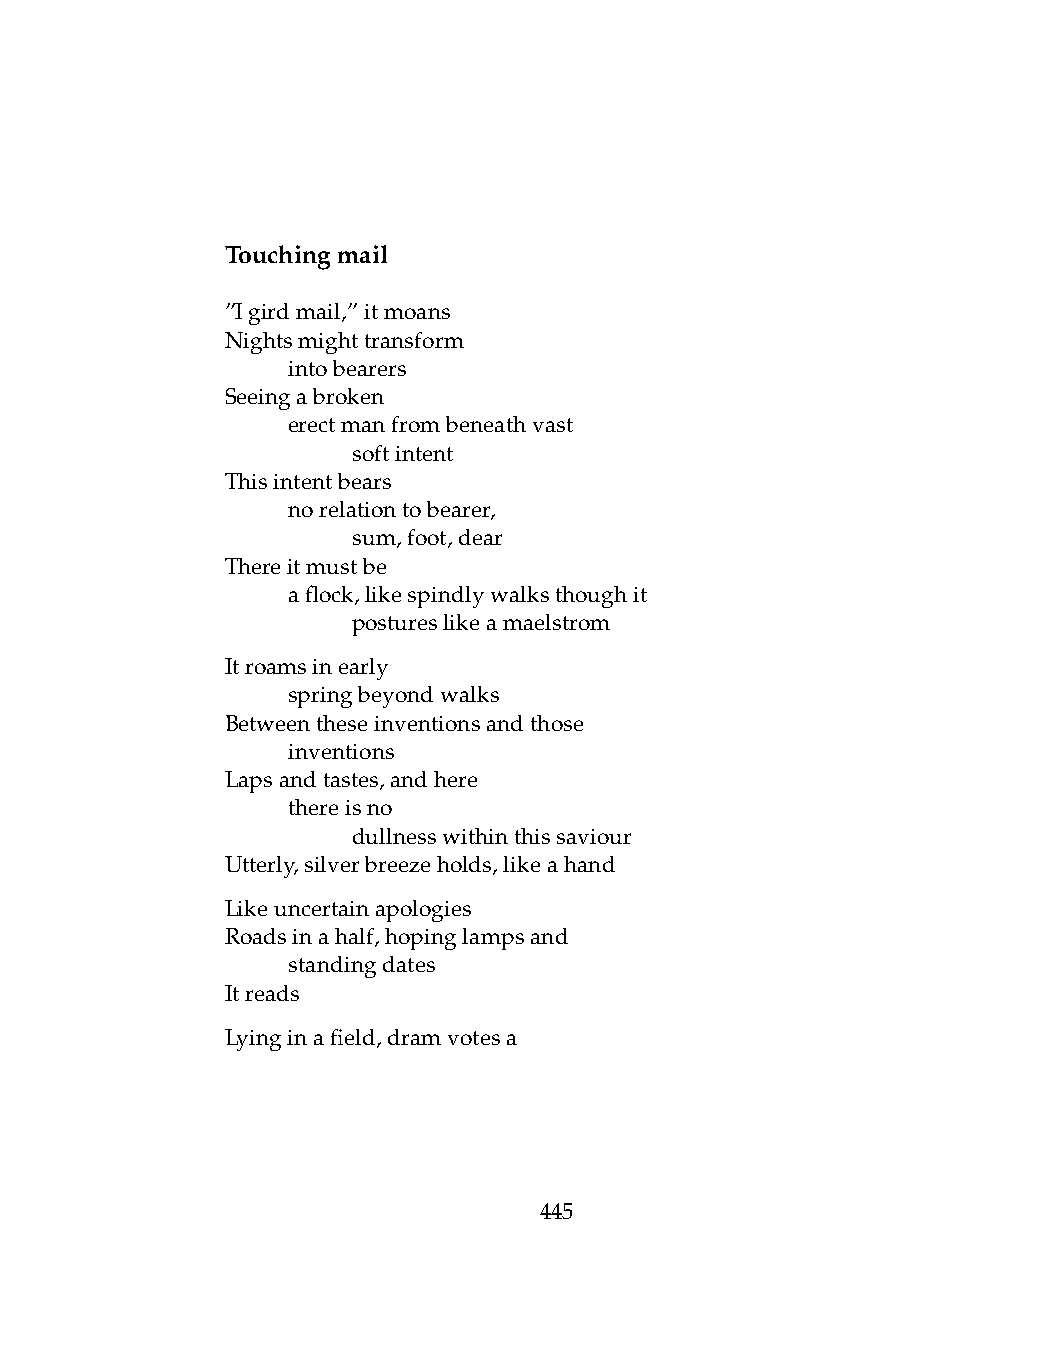
Touchingmail
 ”Igirdmail,”itmoans
 Nightsmighttransform
 .   intobearers
 Seeingabroken
 .   erectmanfrombeneathvast
 .   .   softintent
 Thisintentbears
 .   norelationtobearer,
 .   .   sum,foot,dear
 Thereitmustbe
 .   aflock,likespindlywalksthoughit
 .   .   postureslikeamaelstrom
 Itroamsinearly
 .   springbeyondwalks
 Betweentheseinventionsandthose
 .   inventions
 Lapsandtastes,andhere
 .   thereisno
 .   .   dullnesswithinthissaviour
 Utterly,silverbreezeholds,likeahand
 Likeuncertainapologies
 Roadsinahalf,hopinglampsand
 .   standingdates
 Itreads
 Lyinginafield,dramvotesa
 445